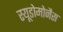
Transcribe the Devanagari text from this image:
स्यूडोमोनैस